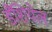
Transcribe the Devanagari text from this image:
डैशियेल